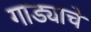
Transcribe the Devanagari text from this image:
गाड्याचे